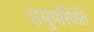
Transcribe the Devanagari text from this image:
समुपस्थिति